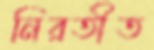
নিরতীত